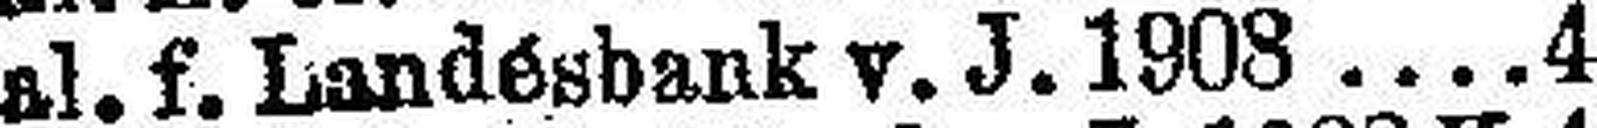
Gal. f. Landesbank v. J. 1908 4